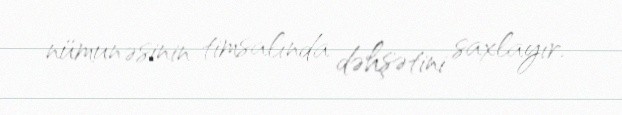
nümunəsinin timsalında dəhşətini saxlayır.